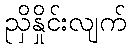
ညှိနှိုင်းလျက်